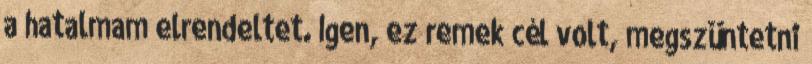
a hatalmam elrendeltet. Igen, ez remek cél volt, megszüntetni